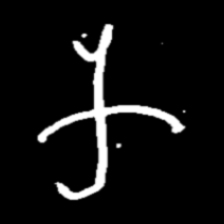
Pyu character \u2014 Myanmar letter: က (romanized: ka)